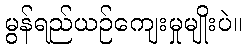
မွန်ရည်ယဉ်ကျေးမှုမျိုးပဲ။